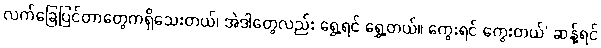
လက်ခြေပြင်တာတွေကရှိသေးတယ်၊ အဲဒါတွေလည်း ရွှေ့ရင် ရွှေ့တယ်။ ကွေးရင် ကွေးတယ်’ ဆန့်ရင်